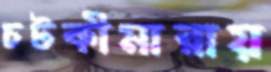
চটকীমারায়